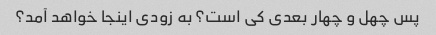
پس چهل و چهار بعدی کی است؟ به زودی اینجا خواهد آمد؟